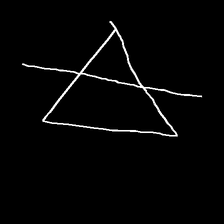
Glyph: empower